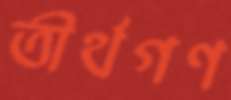
তীর্থগণ